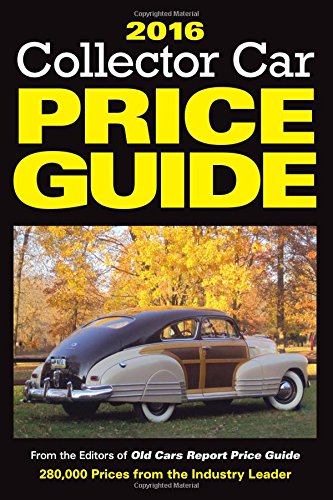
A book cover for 2016 Collector Car Price Guide; Old Cars Report Price Guide Editors; Engineering & Transportation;